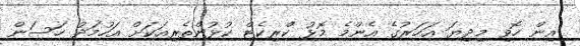
އިން ހޮވި މިިދިޔަ އަހަރުގެ އެންމެ މޮޅު ކްރިކެޓް ކުޅުންތެރިއަކަށް އަހުމަދު ހަސަން